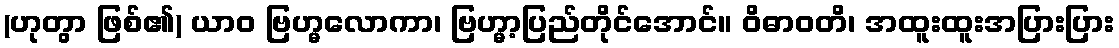
(ဟုတွာ ဖြစ်၏) ယာဝ ဗြဟ္မလောကာ၊ ဗြဟ္မာ့ပြည်တိုင်အောင်။ ဝိဓာဝတိ၊ အထူးထူးအပြားပြား